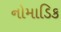
નોમાડિક